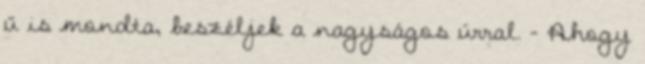
ű is mondta, beszéljek a nagyságos úrral. - Ahogy